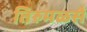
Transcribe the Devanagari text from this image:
तिरुमळसै